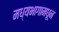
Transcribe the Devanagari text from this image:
मध्यभागामधून